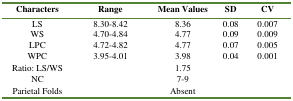
| Characters | Range | Mean Values | SD | CV |
 | --- | --- | --- | --- | --- |
 | LS | 8.30-8.42 | 8.36 | 0.08 | 0.007 |
 | WS | 4.70-4.84 | 4.77 | 0.09 | 0.009 |
 | LPC | 4.72-4.82 | 4.77 | 0.07 | 0.005 |
 | WPC | 3.95-4.01 | 3.98 | 0.04 | 0.001 |
 | Ratio: LS/WS |  | 1.75 |  |  |
 | NC |  | 7-9 |  |  |
 | Parietal Folds |  | Absent |  |  |